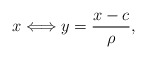
\begin{align*}x\Longleftrightarrow y=\frac{x-c}{\rho},\end{align*}